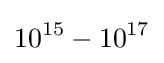
10^{15}-10^{17}